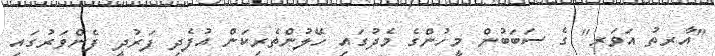
"އާރތު އަވަރ" ގެ ސަބަބުން މީހުންގެ މެދުގައި ހޭލުންތެރިކަން އުފެދި ފަރުދީ ފެންވަރުގައި